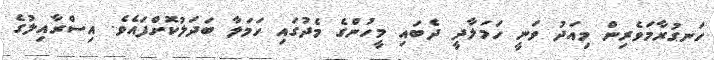
ހަނގުރާމަވެރިން މިއަދު ވަނީ ހަމަލާދީ ދެބައި މީހުންގެ މެދުގައި ހަމަލާ ބަދަލުކޮށްފައެވެ. އިސްރާއިލުގެ